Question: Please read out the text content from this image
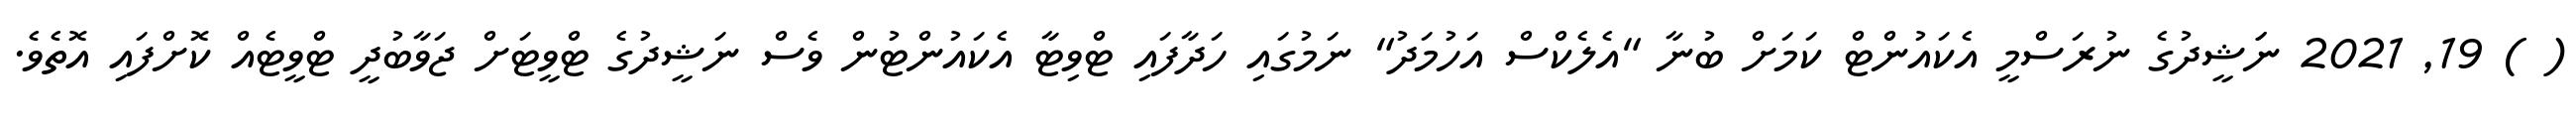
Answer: ( ) 19, 2021 ނަަޝީދުގެ ނުރަސްމީ އެކައުންޓް ކަމަށް ބުނާ "އެލެކްސް އަހުމަދު" ނަމުގައި ހަދާފައި ޓްވިޓާ އެކައުންޓުން ވެސް ނަޝީދުގެ ޓްވީޓަށް ޖަވާބުދީ ޓްވީޓެއް ކޮށްފައި އޮތެވެ.